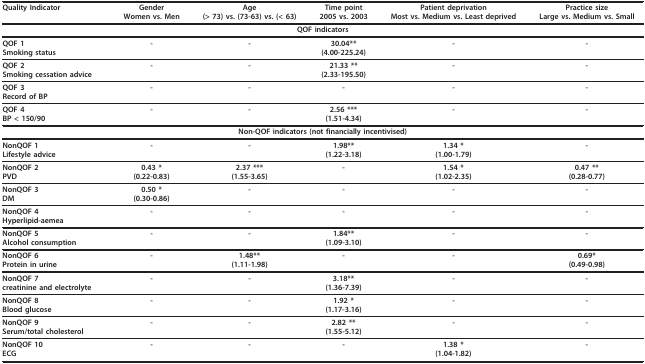
<table><thead><tr><td><b>Quality Indicator</b></td><td><b>GenderWomen vs. Men</b></td><td><b>Age(&gt; 73) vs. (73-63) vs. (&lt; 63)</b></td><td><b>Time point2005 vs. 2003</b></td><td><b>Patient deprivationMost vs. Medium vs. Least deprived</b></td><td><b>Practice sizeLarge vs. Medium vs. Small</b></td></tr></thead><tbody><tr><td colspan="6"><b>QOF indicators</b></td></tr><tr><td><b>QOF 1</b>Smoking status</td><td><b>-</b></td><td><b>-</b></td><td><b>30.04**</b>(4.00-225.24)</td><td><b>-</b></td><td><b>-</b></td></tr><tr><td><b>QOF 2</b>Smoking cessation advice</td><td><b>-</b></td><td><b>-</b></td><td><b>21.33 **</b>(2.33-195.50)</td><td><b>-</b></td><td><b>-</b></td></tr><tr><td><b>QOF 3</b>Record of BP</td><td><b>-</b></td><td><b>-</b></td><td><b>-</b></td><td><b>-</b></td><td><b>-</b></td></tr><tr><td><b>QOF 4</b>BP &lt; 150/90</td><td><b>-</b></td><td><b>-</b></td><td><b>2.56 ***</b>(1.51-4.34)</td><td><b>-</b></td><td><b>-</b></td></tr><tr><td colspan="6"><b>Non-QOF indicators (not financially incentivised)</b></td></tr><tr><td><b>NonQOF 1</b>Lifestyle advice</td><td><b>-</b></td><td><b>-</b></td><td><b>1.98**</b>(1.22-3.18)</td><td><b>1.34 *</b>(1.00-1.79)</td><td><b>-</b></td></tr><tr><td><b>NonQOF 2</b>PVD</td><td><b>0.43 *</b>(0.22-0.83)</td><td><b>2.37 ***</b>(1.55-3.65)</td><td><b>-</b></td><td><b>1.54 *</b>(1.02-2.35)</td><td><b>0.47 **</b>(0.28-0.77)</td></tr><tr><td><b>NonQOF 3</b>DM</td><td><b>0.50 *</b>(0.30-0.86)</td><td><b>-</b></td><td><b>-</b></td><td><b>-</b></td><td><b>-</b></td></tr><tr><td><b>NonQOF 4</b>Hyperlipid-aemea</td><td><b>-</b></td><td><b>-</b></td><td><b>-</b></td><td><b>-</b></td><td><b>-</b></td></tr><tr><td><b>NonQOF 5</b>Alcohol consumption</td><td><b>-</b></td><td><b>-</b></td><td><b>1.84**</b>(1.09-3.10)</td><td><b>-</b></td><td><b>-</b></td></tr><tr><td><b>NonQOF 6</b>Protein in urine</td><td><b>-</b></td><td><b>1.48**</b>(1.11-1.98)</td><td><b>-</b></td><td><b>-</b></td><td><b>0.69*</b>(0.49-0.98)</td></tr><tr><td><b>NonQOF 7</b>creatinine and electrolyte</td><td><b>-</b></td><td><b>-</b></td><td><b>3.18**</b>(1.36-7.39)</td><td><b>-</b></td><td><b>-</b></td></tr><tr><td><b>NonQOF 8</b>Blood glucose</td><td><b>-</b></td><td><b>-</b></td><td><b>1.92 *</b>(1.17-3.16)</td><td><b>-</b></td><td><b>-</b></td></tr><tr><td><b>NonQOF 9</b>Serum/total cholesterol</td><td><b>-</b></td><td><b>-</b></td><td><b>2.82 **</b>(1.55-5.12)</td><td><b>-</b></td><td><b>-</b></td></tr><tr><td><b>NonQOF 10</b>ECG</td><td><b>-</b></td><td><b>-</b></td><td><b>-</b></td><td><b>1.38 *</b>(1.04-1.82)</td><td><b>-</b></td></tr></tbody></table>